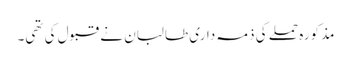
مذکورہ حملے کی ذمہ داری طالبان نے قبول کی تھی۔